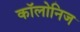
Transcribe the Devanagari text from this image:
कॉलोनिज